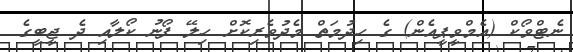
ނެޓްވޯކް (އެމްވީޕީއެން) ގެ ހިދުމަތް މެދުވެރިކޮށް ހިލޭ ފޯނު ކޯލާއި ދެ ޖީބީގެ